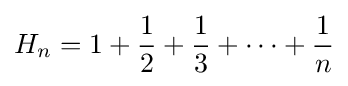
H_{n}=1+{\frac {1}{2}}+{\frac {1}{3}}+\cdots +{\frac {1}{n}}